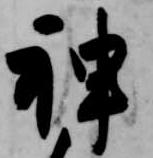
神